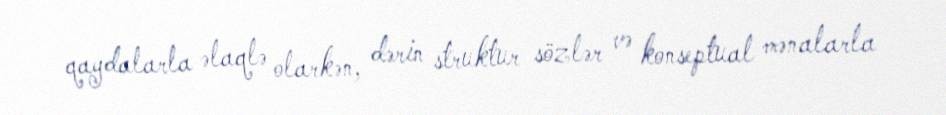
qaydalarla əlaqlə olarkən, dərin struktur sözlər və konseptual mənalarla